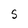
Character: S